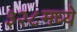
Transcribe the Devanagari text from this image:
३२८मध्ये